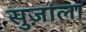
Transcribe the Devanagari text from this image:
सुज़ाला